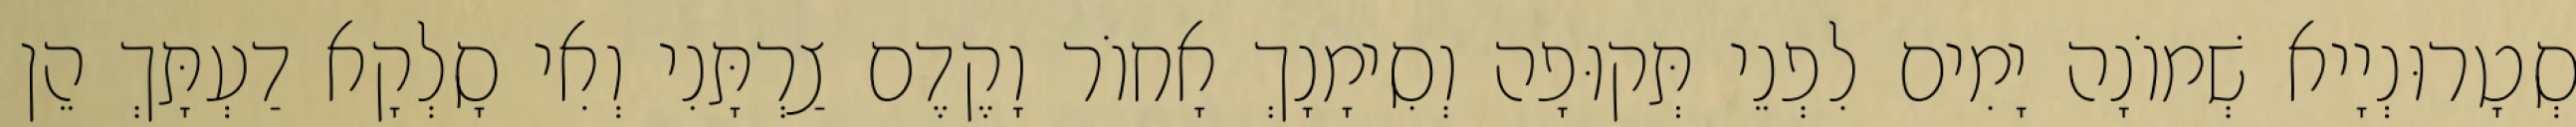
סְטָרוּנְיָיא שְׁמוֹנָה יָמִים לִפְנֵי תְּקוּפָה וְסִימָנָךְ אָחוֹר וָקֶדֶם צַרְתָּנִי וְאִי סָלְקָא דַעְתָּךְ הֵן